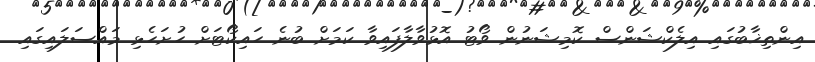
އިންތިޚާބުގައި އިލެކްޝަންސް ކޮމިޝަނުން ވޯޓު އޮޅުވާލާފައިވާ ކަމަށް ބުނެ ހައިކޯޓަށް ހުށަހެޅި މައްސަލައިގައި